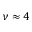
\nu \approx 4